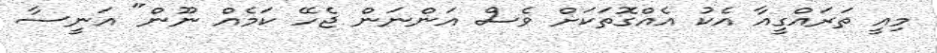
މިއީ ތަރައްގީއާ އެކު އެއްގޮތަކަށް ވެސް އަންނަން ޖެހޭ ކަމެއް ނޫން" އަނީސާ